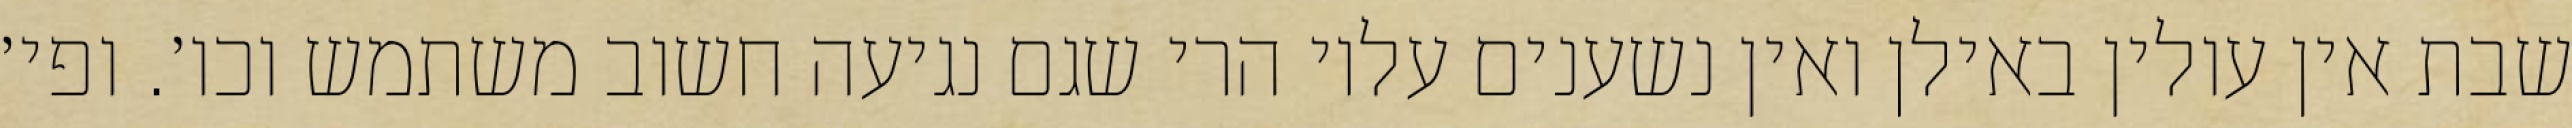
שבת אין עולין באילן ואין נשענים עליו הרי שגם נגיעה חשוב משתמש וכו׳. ופי׳